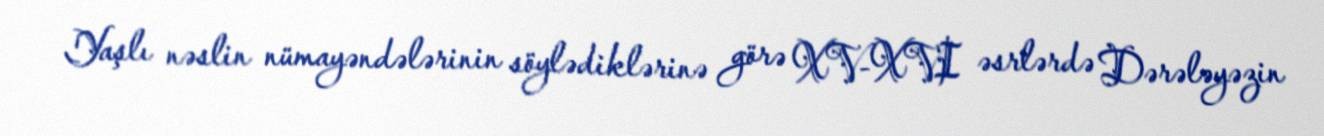
Yaşlı nəslin nümayəndələrinin söylədiklərinə görə XV-XVI əsrlərdə Dərələyəzin